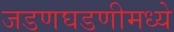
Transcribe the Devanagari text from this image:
जडणघडणीमध्ये